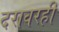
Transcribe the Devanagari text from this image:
दरावरही